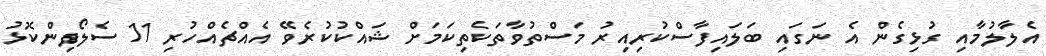
އެލާލުމާއި ގުޅިގެން އެ ނަގައި ބަލައިފާސްކުރިއިރު މަސްތުވާތަކެތިކަމަށް ޝައްކުކުރެވޭ އެއްޗެއްހުރި 11 ސެލޯފިންކޮޅު